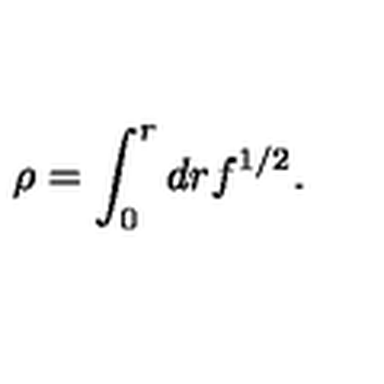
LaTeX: \rho = \int _ { 0 } ^ { r } d r f ^ { 1 / 2 } .